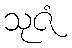
သုဇံ